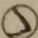
\textcircled { > }